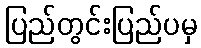
ပြည်တွင်းပြည်ပမှ